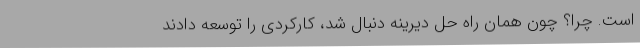
است. چرا؟ چون همان راه حل دیرینه دنبال شد، کارکردی را توسعه دادند